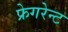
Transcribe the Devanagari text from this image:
फ्रेगरेन्ट